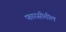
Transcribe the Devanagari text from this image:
फारसीतील